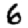
Digit: 6